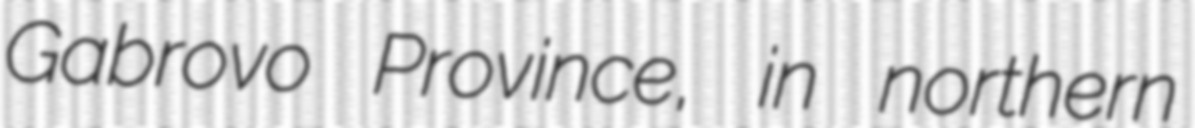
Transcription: Gabrovo Province, in northern